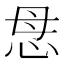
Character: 𢘓